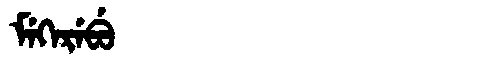
Manchu: ᠮᡝᡴᡝᡵᡝᠪᡠ
Romanization: MEKEREBU